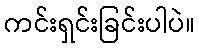
ကင်းရှင်းခြင်းပါပဲ။